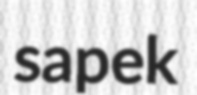
sapek